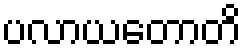
ပလာယတောတိ